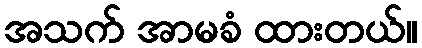
အသက် အာမခံ ထားတယ်။